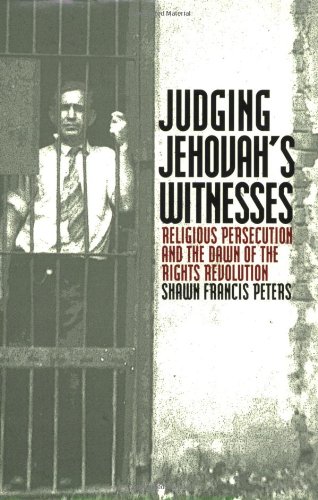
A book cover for Judging Jehovah's Witnesses: Religious Persecution and the Dawn of the Rights Revolution; Shawn Francis Peters; Christian Books & Bibles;